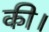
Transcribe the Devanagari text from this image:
की।